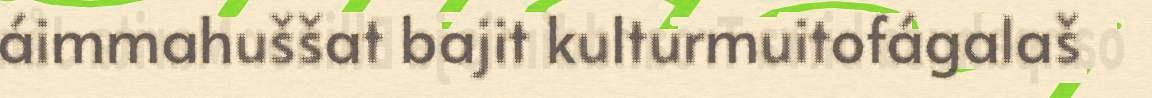
áimmahuššat bajit kulturmuitofágalaš